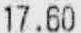
17.60